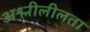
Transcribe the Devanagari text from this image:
अश्लीलीलता